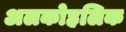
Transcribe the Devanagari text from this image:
अलकोहलिक